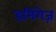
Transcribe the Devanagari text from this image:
डमिंगेज़